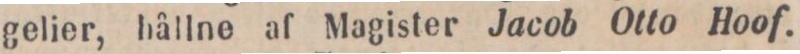
gelier, hållne af Magister Jacob Otto Hoof.